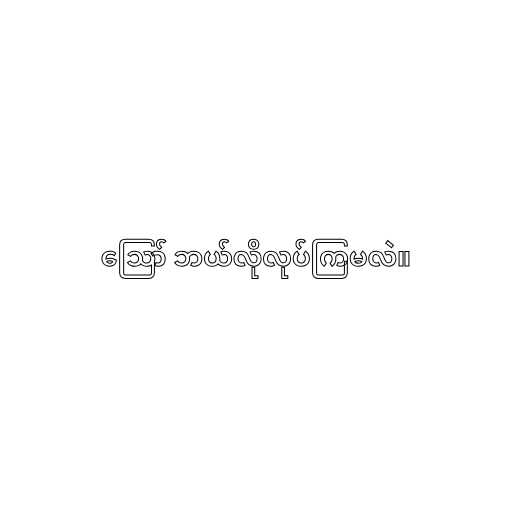
ဪ ဘယ်လိုလုပ်ကြမလဲ။